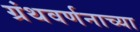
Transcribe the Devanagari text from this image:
ग्रंथवर्णनाच्या